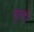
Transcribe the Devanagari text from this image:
चूल्हो